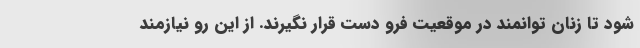
شود تا زنان توانمند در موقعیت فرو دست قرار نگیرند. از این رو نیازمند